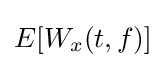
E[W_{x}(t,f)]